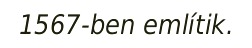
1567-ben említik.